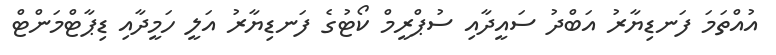
އުއްތަމަ ފަނޑިޔާރު އަބްދު ސައީދާއި ސުޕްރީމް ކޯޓުގެ ފަނޑިޔާރު އަލީ ހަމީދާއި ޑިޕާޓްމަންޓް